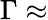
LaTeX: \Gamma\approx